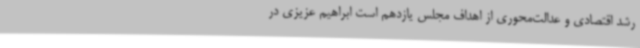
رشد اقتصادی و عدالت‌محوری از اهداف مجلس یازدهم است ابراهیم عزیزی در